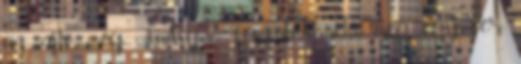
az ajtó még mindig. – feszülök neki még egyszer,